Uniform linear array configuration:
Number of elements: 64
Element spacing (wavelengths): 0.25
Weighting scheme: hamming
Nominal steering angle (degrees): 45
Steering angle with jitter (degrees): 43.922
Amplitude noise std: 0.05
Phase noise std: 0.05

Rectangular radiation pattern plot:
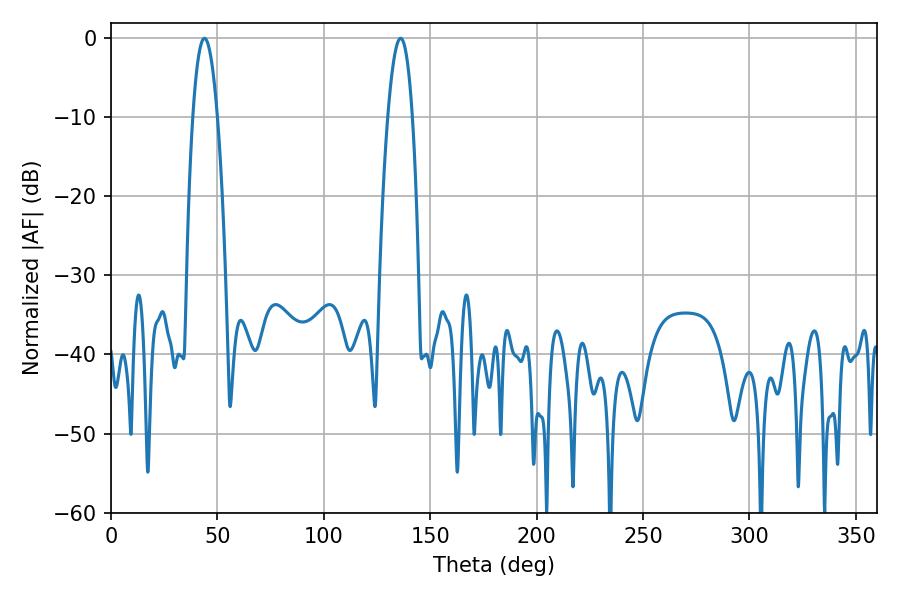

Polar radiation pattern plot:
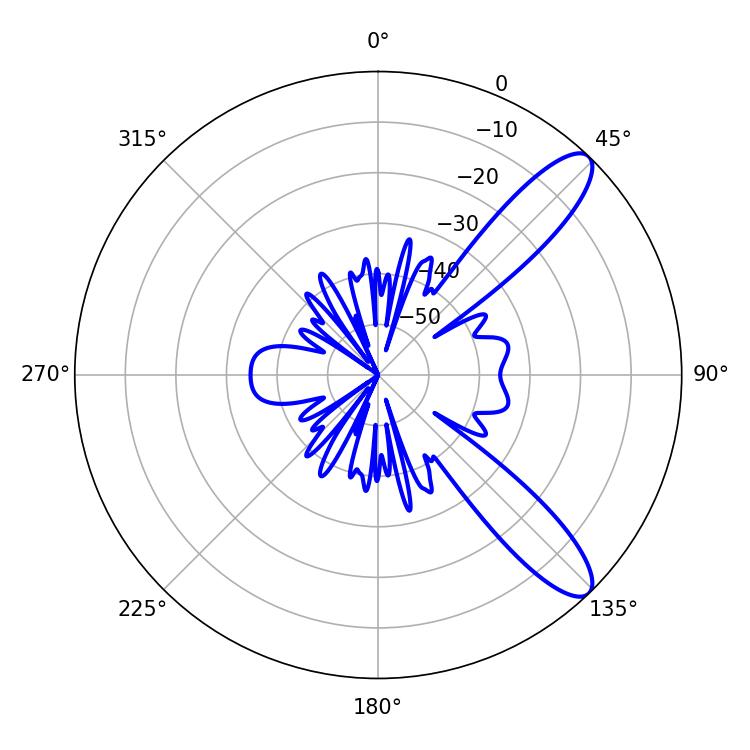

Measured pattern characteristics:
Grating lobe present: FALSE
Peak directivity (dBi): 10.788
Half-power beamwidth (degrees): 6.3
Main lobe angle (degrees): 43.92